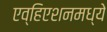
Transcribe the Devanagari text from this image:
एव्हिएशनमध्ये